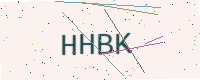
Text: HHBK